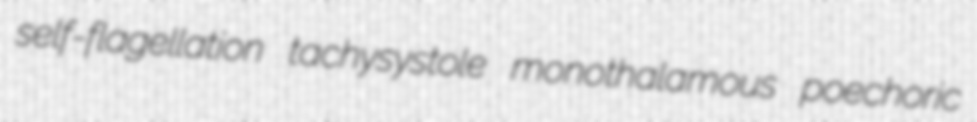
self-flagellation tachysystole monothalamous poechoric